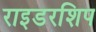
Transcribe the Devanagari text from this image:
राइडरशिप